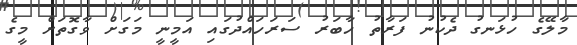
މާލޭގެ ހުޅަނގު ދެކުނު ފަރާތު ހާބަރު ސަރަހައްދުގައި އަމީނީ މަގަށް ވާގޮތަށް މީގެ